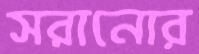
সরানোর